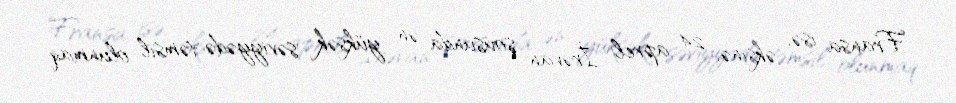
Fransa isə, əksinə, 24 aprel İrəvan şousunda ən yüksək səviyyədə təmsil olunmaq